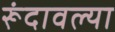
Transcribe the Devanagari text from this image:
रूंदावल्या